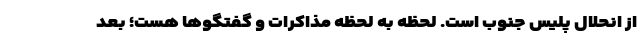
از انحلال پلیس جنوب است. لحظه به لحظه مذاکرات و گفتگوها هست؛ بعد